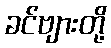
ခင်ဗျားတို့